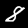
Label: 8